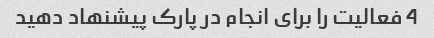
4 فعالیت را برای انجام در پارک پیشنهاد دهید